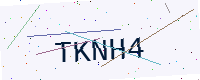
Text: TKNH4